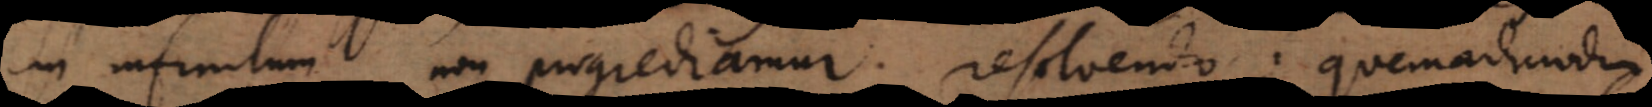
in infinitum non progrediamur resolvendo; quemadmodu